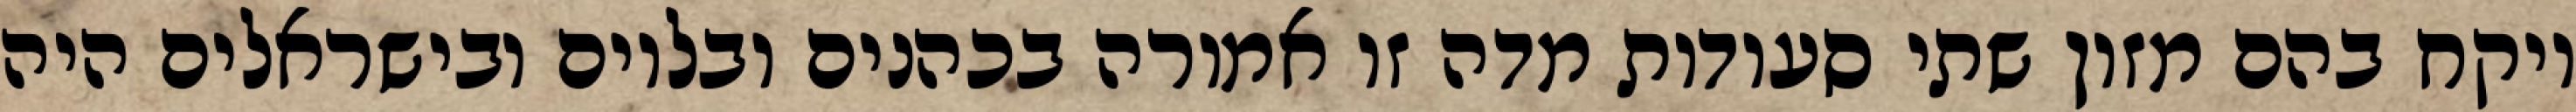
ויקח בהם מזון שתי סעודות מדה זו אמורה בכהנים ובלוים ובישראלים היה